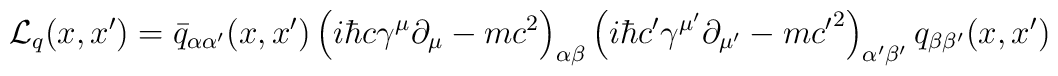
{\cal L}_q(x,x')=\bar{q}_{\alpha\alpha'}(x,x')\left(i\hbar c\gamma^\mu\partial_\mu-mc^2 \right)_{\alpha\beta}\left( i\hbar {c}'\gamma^{\mu'}\partial_{\mu'}-m{c'}^2\right)_{\alpha'\beta'}q_{\beta\beta'}(x,x')